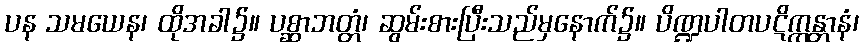
ပန သမယေန၊ ထိုအခါ၌။ ပစ္ဆာဘတ္တံ၊ ဆွမ်းစားပြီးသည်မှနောက်၌။ ပိဏ္ဍပါတပဋိက္ကန္တာနံ၊